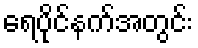
ရေပိုင်နက်အတွင်း